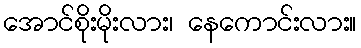
အောင်စိုးမိုးလား၊ နေကောင်းလား။